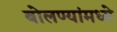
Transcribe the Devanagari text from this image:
बोलण्यांमध्ये